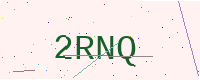
Text: 2RNQ